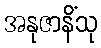
အနုဇာနိံသု